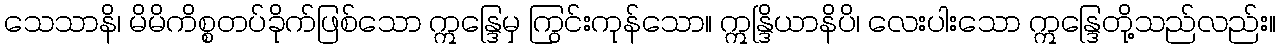
သေသာနိ၊ မိမိကိစ္စတပ်ခိုက်ဖြစ်သော ဣန္ဒြေမှ ကြွင်းကုန်သော။ ဣန္ဒြိယာနိပိ၊ လေးပါးသော ဣန္ဒြေတို့သည်လည်း။